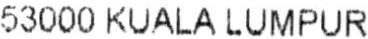
53000 KUALA LUMPUR